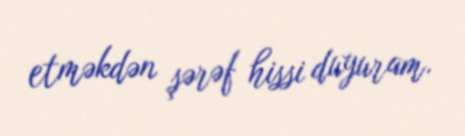
etməkdən şərəf hissi duyuram.